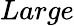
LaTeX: Large